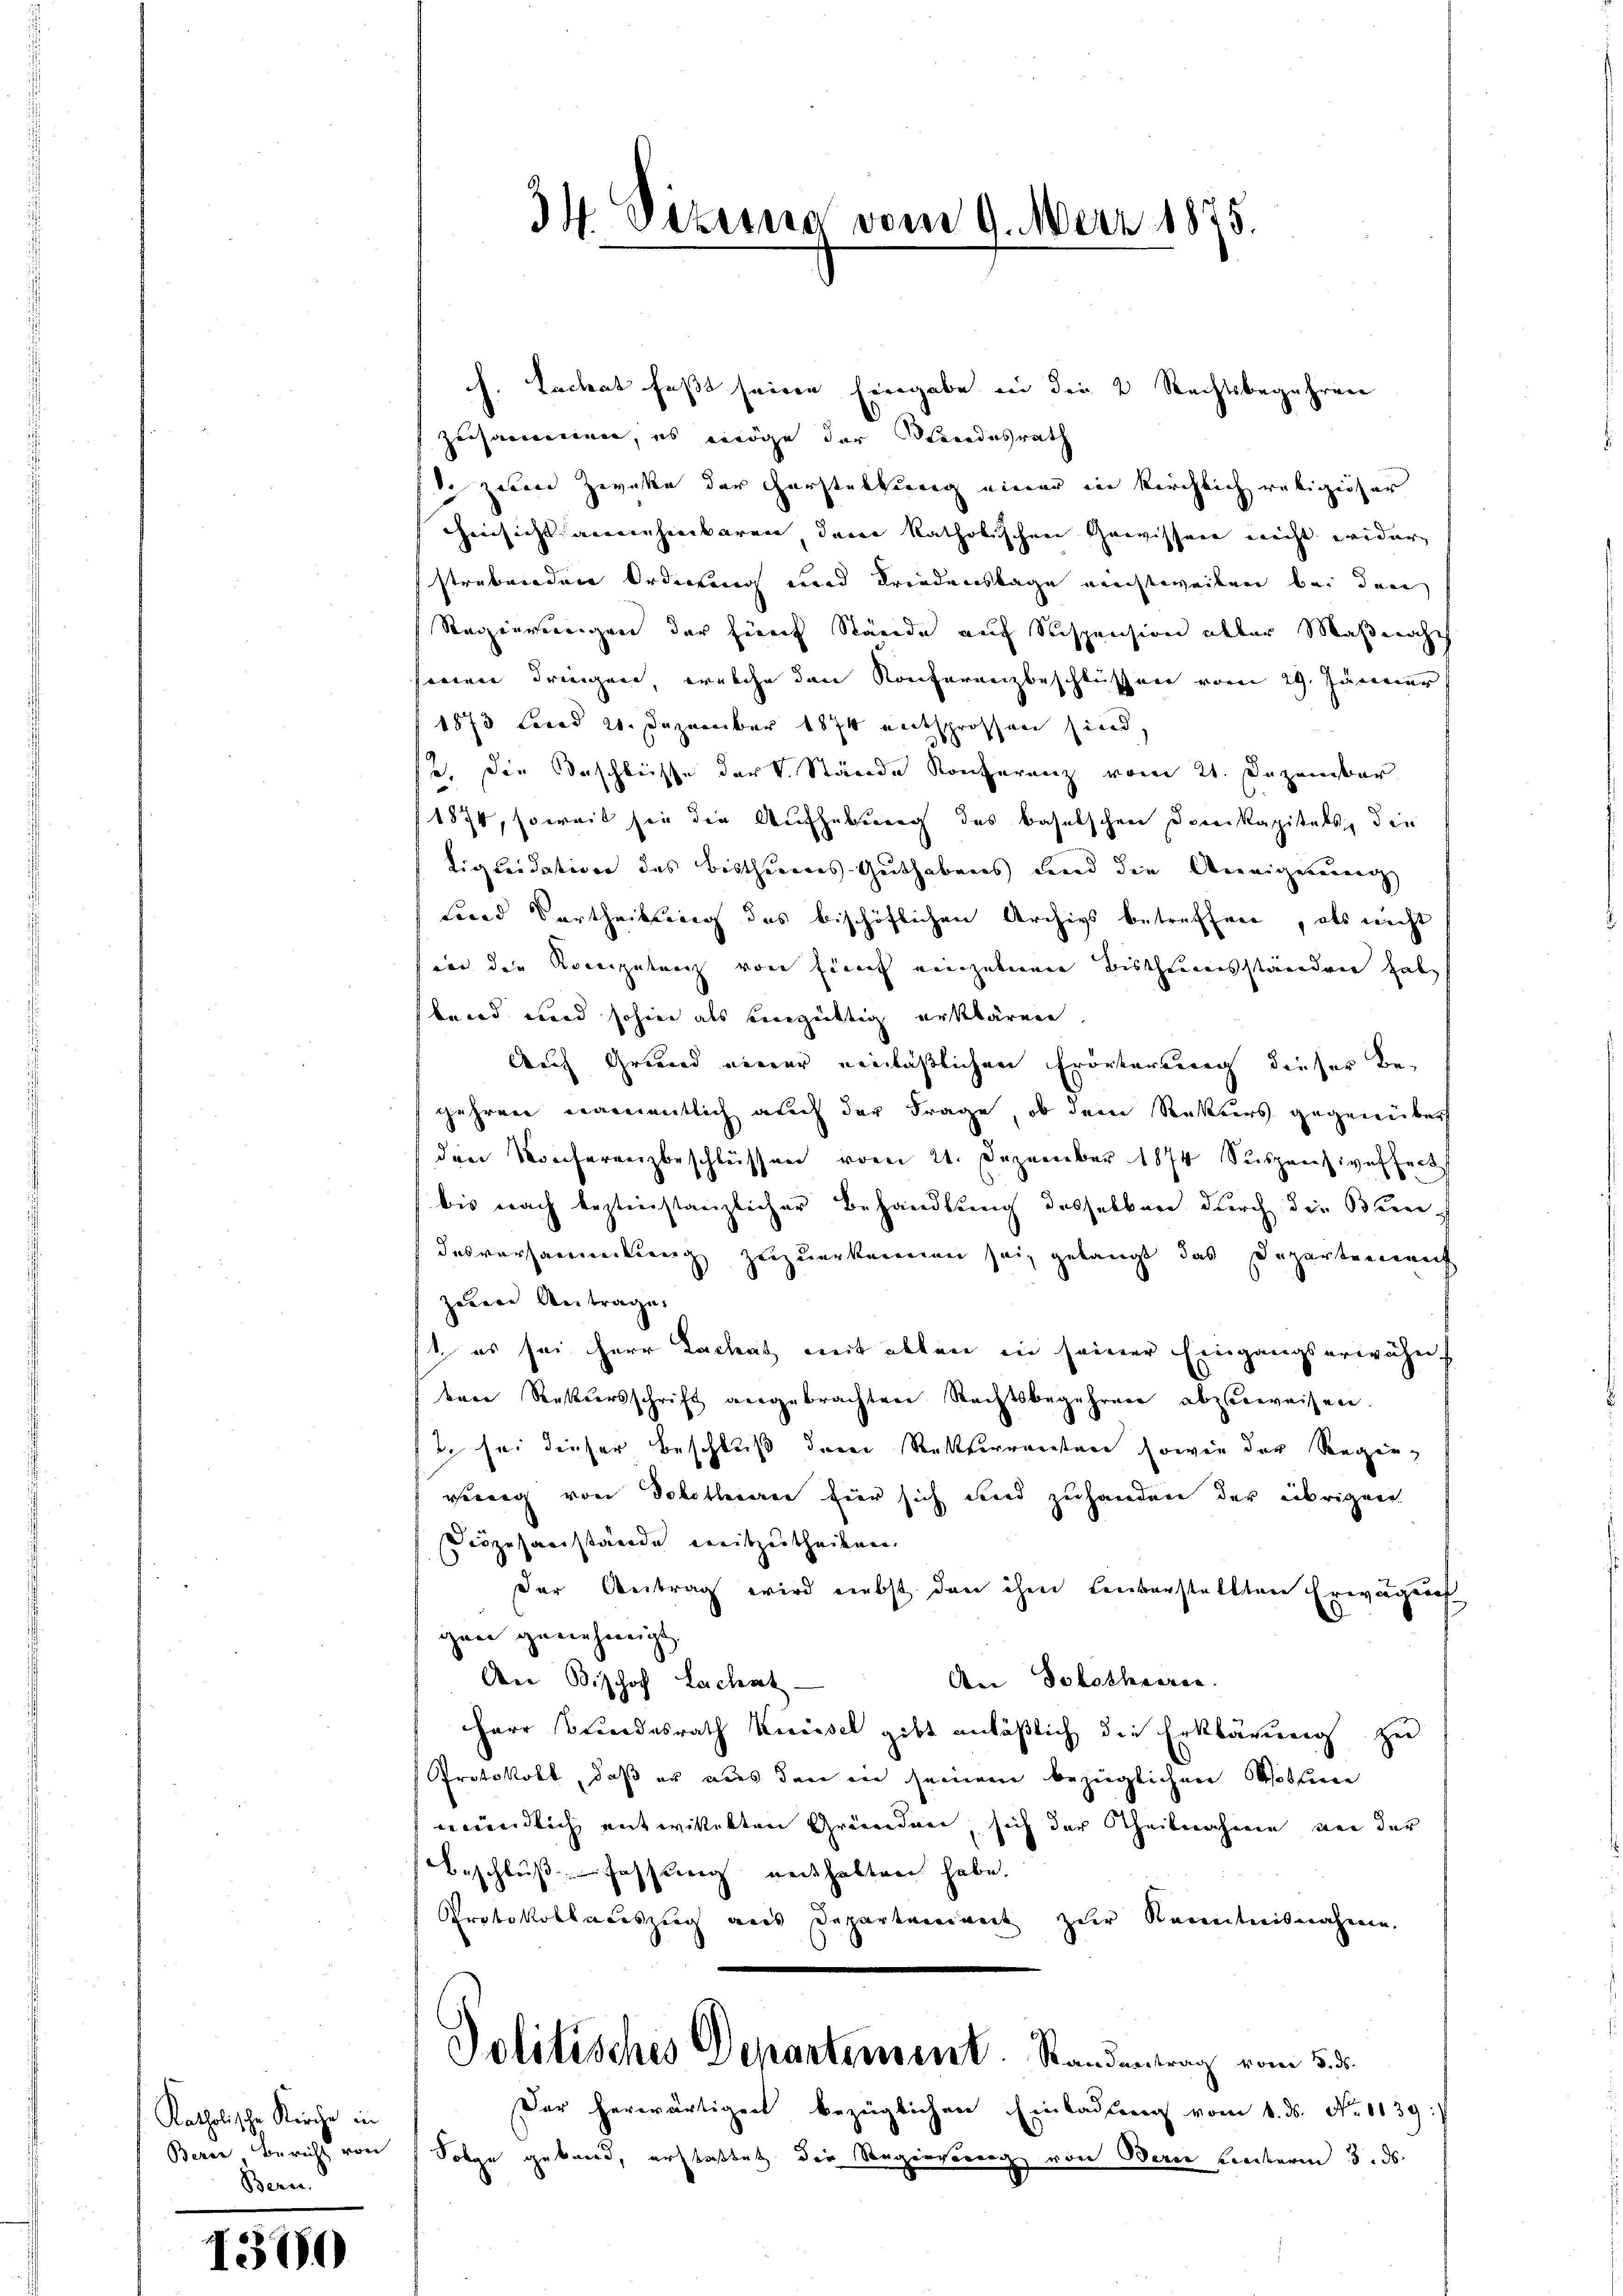
Katholische Kirche in
Bern.

1390

34 Sizung vom 9. März 1875.

f. Lachet faßt seine Eingabe in die 2 Rechtsbegehrer
zusammen, es möge der Standesrath
zween Zwecke der Herstellung einer in kirchlich religiöser
hinsicht aneinheinbaren deren katholischen Gewissen nicht wider
strebenden Ordnung wird Friedenstage nichtweilen bei den
Regierungen der fünf Stände auf Suspension über Maßnahe
seien dringen, welche den Konferenzbeschlüssen vom 29. Jänner
1873 Levad 20. Dezember 1874 entsprossen sind,
se. Die Taschleisse der V. Stände Konferenz vom 21. Dezember
1874, soweit sie die Aufhebung des Baselschen Domkapitals die
Liquidation des Bisthureres Guthabens Land die Aneignung
Fond Vortheilung des bischöflichen Archivs betreffen, als nicht
und die Romipetanz von finf einzelnen Bischenreisständeren hal
bend wird sohin als eingültig erklären
Auch Grund neuer einläßlichen Erörterung dieser Begehren namentlich auch der Frage, ob dene Rektors gegenüber
den Konferenzbeschlüssen vom 21. Dezember 1874 Suspensiveffack
bis nach bestinstanzlicher Behandlung desselben durch die Brendesversammlung zuzuerkennen sei, gelangt, das Departement
zehene Antrage.
st es sei Herr Lachatz mit allen in seiner Eingangserwähnt
erer Stettersschrift angebrachten Rechtsbegehren abzuweisen.
2 sei dieser Beschluß dem Ratserrenten sowie der Regieng
geweig von Dokothecarie für sich und zuhandern der übrigen
Sezuhanstände mitzuthedenen
Der Antrag wird nebst den ihm einverstellten Erwägung
gen genehmigt.
An Bischof Lachatz-
Aber Dobotheeren.
Herr Bundesrath Knüssel gibt anläßlich die Erklärung zu
Protokoll, daß er aus den in seinem bezüglichen Wollene
mündlich entwittekten Gründner sich der Theilnahme von der
Beschlußfassung enthalten habe.
Protokollacuszug aus Departement zur Kenntnisnahme.
Politisches Departensent. Standentrag vom 5. d.
Der herwärtigen bezüglichen Einladung vom 1. ds. No. 1139:
Berne Bericht von Folge geband, erstatet die Reginnerung von Bern hinterm 3. ds.